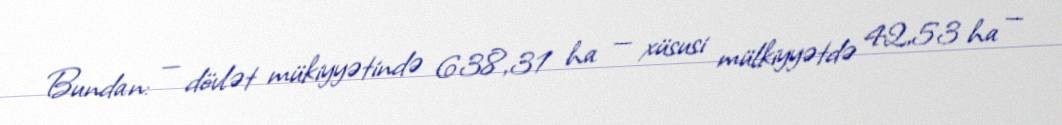
Bundan: — dövlət mükiyyətində 638,31 ha — xüsusi mülkiyyətdə 42,53 ha —